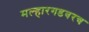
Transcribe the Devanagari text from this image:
मल्हारगडवरच